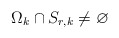
\begin{align*} \Omega_k \cap S_{r,k} \not=\varnothing \end{align*}